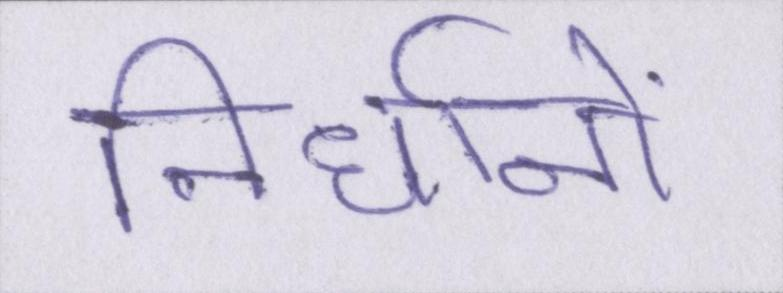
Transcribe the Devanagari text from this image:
निर्धानों